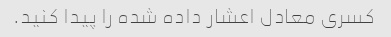
کسری معادل اعشار داده شده را پیدا کنید.